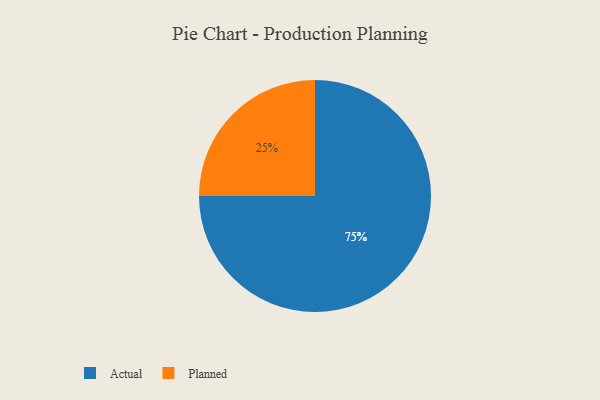
{"axis": {"x": "Category", "y": "Percentage"}, "legend": ["Actual", "Planned"], "data": [{"x": "Planned", "y": 25, "type": "Planned"}, {"x": "Actual", "y": 75, "type": "Actual"}]}